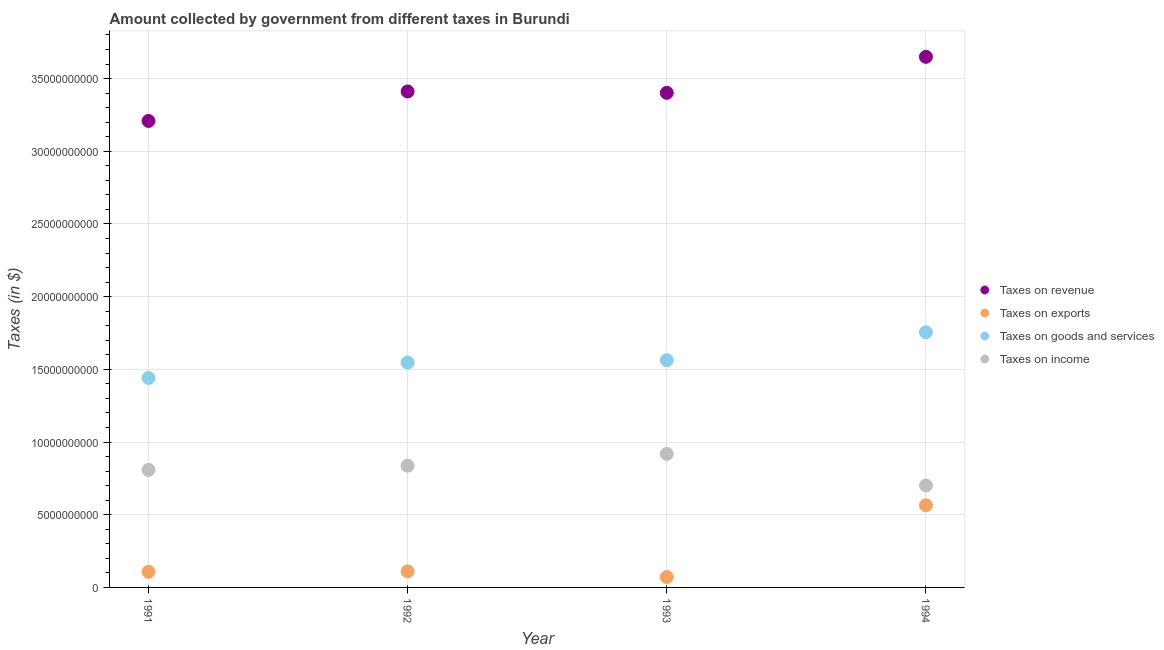
| Year | Taxes on revenue | Taxes on exports | Taxes on goods and services | Taxes on income |
 | --- | --- | --- | --- | --- |
 | 1991 | 3.21e+10 | 1.07e+09 | 1.44e+10 | 8.08e+09 |
 | 1992 | 3.41e+10 | 1.11e+09 | 1.55e+10 | 8.37e+09 |
 | 1993 | 3.4e+10 | 7.16e+08 | 1.56e+10 | 9.19e+09 |
 | 1994 | 3.65e+10 | 5.65e+09 | 1.76e+10 | 7.01e+09 |